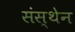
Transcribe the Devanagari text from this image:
संस्थेन